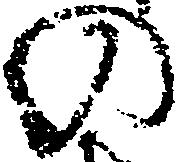
の